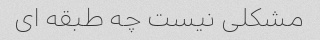
مشکلی نیست چه طبقه ای